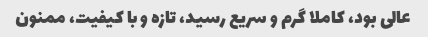
عالی بود، کاملا گرم و سریع رسید، تازه و با کیفیت، ممنون